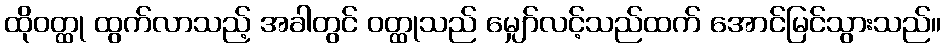
ထိုဝတ္ထု ထွက်လာသည့် အခါတွင် ဝတ္ထုသည် မျှော်လင့်သည်ထက် အောင်မြင်သွားသည်။